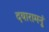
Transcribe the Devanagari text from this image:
दयारामनुं